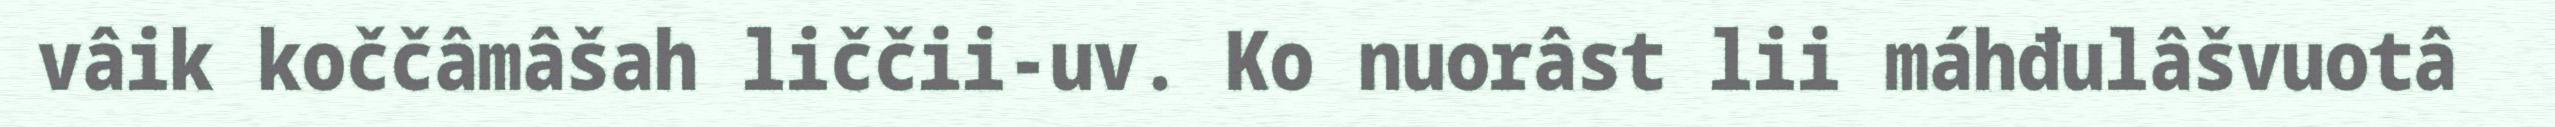
vâik koččâmâšah liččii-uv. Ko nuorâst lii máhđulâšvuotâ